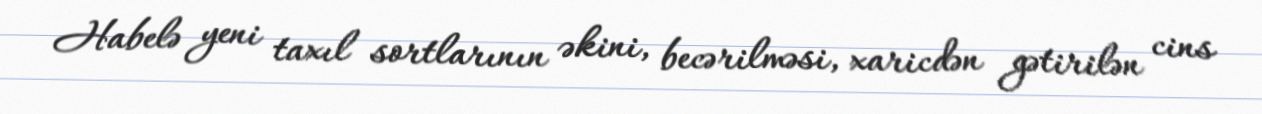
Habelə yeni taxıl sortlarının əkini, becərilməsi, xaricdən gətirilən cins